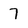
Character: 7